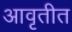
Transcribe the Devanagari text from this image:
आवृतीत